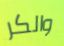
والكر